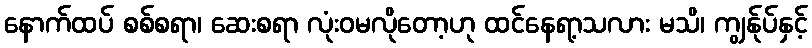
နောက်ထပ် စစ်စရာ၊ ဆေးစရာ လုံးဝမလိုတော့ဟု ထင်နေရာ့သလား မသိ၊ ကျွန်ုပ်နှင့်